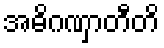
အဓိဂဏှာတီတိ